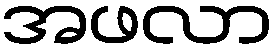
အဖလာ